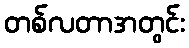
တစ်လတာအတွင်း